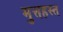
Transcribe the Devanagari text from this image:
मुत्तहस्त